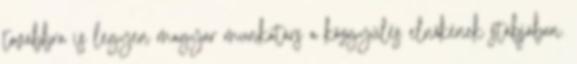
továbbra is legyen magyar munkatárs a közgyűlés elnökének stábjában.